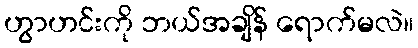
ဟွာဟင်းကို ဘယ်အချိန် ရောက်မလဲ။